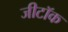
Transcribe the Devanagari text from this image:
जीटॉक